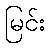
မြင်း